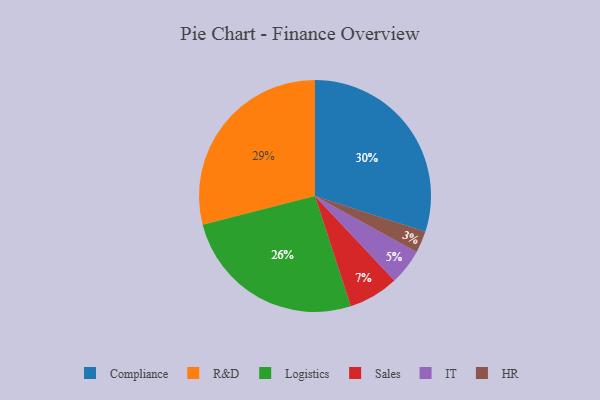
{"axis": {"x": "Category", "y": "Percentage"}, "legend": ["Compliance", "HR", "IT", "Logistics", "R&D", "Sales"], "data": [{"x": "R&D", "y": 29, "type": "R&D"}, {"x": "IT", "y": 5, "type": "IT"}, {"x": "Logistics", "y": 26, "type": "Logistics"}, {"x": "Sales", "y": 7, "type": "Sales"}, {"x": "HR", "y": 3, "type": "HR"}, {"x": "Compliance", "y": 30, "type": "Compliance"}]}